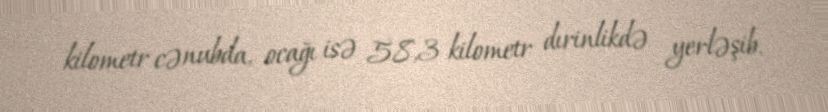
kilometr cənubda, ocağı isə 58,3 kilometr dırinlikdə yerləşib.